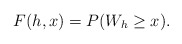
\begin{align*}F(h,x)= P(W_{h}\ge x). \end{align*}